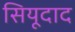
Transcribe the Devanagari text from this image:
सियूदाद